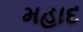
મહાદ